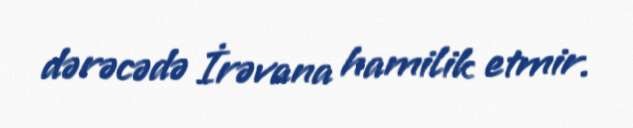
dərəcədə İrəvana hamilik etmir.